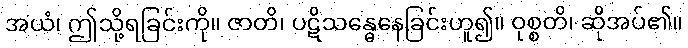
အယံ၊ ဤသို့ရခြင်းကို။ ဇာတိ၊ ပဋိသန္ဓေနေခြင်းဟူ၍။ ဝုစ္စတိ၊ ဆိုအပ်၏။